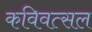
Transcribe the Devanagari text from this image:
कविवत्सल